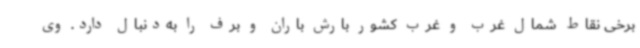
برخی نقاط شمال غرب و غرب کشور بارش باران و برف را به‌دنبال دارد. وی